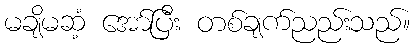
မချိမဆံ့ အော်ပြီး တစ်ချက်ညည်းသည်။